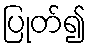
ပြုတ်၍